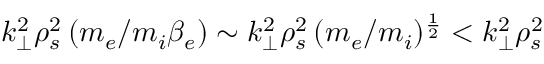
k _ { \bot } ^ { 2 } \rho _ { s } ^ { 2 } \, ( m _ { e } / m _ { i } \beta _ { e } ) \sim k _ { \bot } ^ { 2 } \rho _ { s } ^ { 2 } \, ( m _ { e } / m _ { i } ) ^ { \frac { 1 } { 2 } } < k _ { \bot } ^ { 2 } \rho _ { s } ^ { 2 }